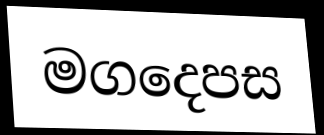
මගදෙපස